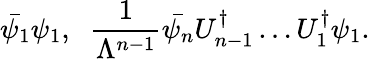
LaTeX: \bar{\psi_{1}}\psi_{1},\; \; \frac{1}{\Lambda^{n-1}}\bar{\psi_{n}}U_{n-1}^{\dagger}\ldots U_{1}^{\dagger}\psi_{1}.